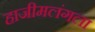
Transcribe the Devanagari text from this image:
हाजीमलंगला